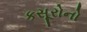
કસૂરોનો